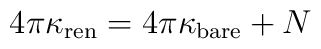
4\pi\kappa_{\rm ren} =4\pi\kappa_{\rm bare}+N